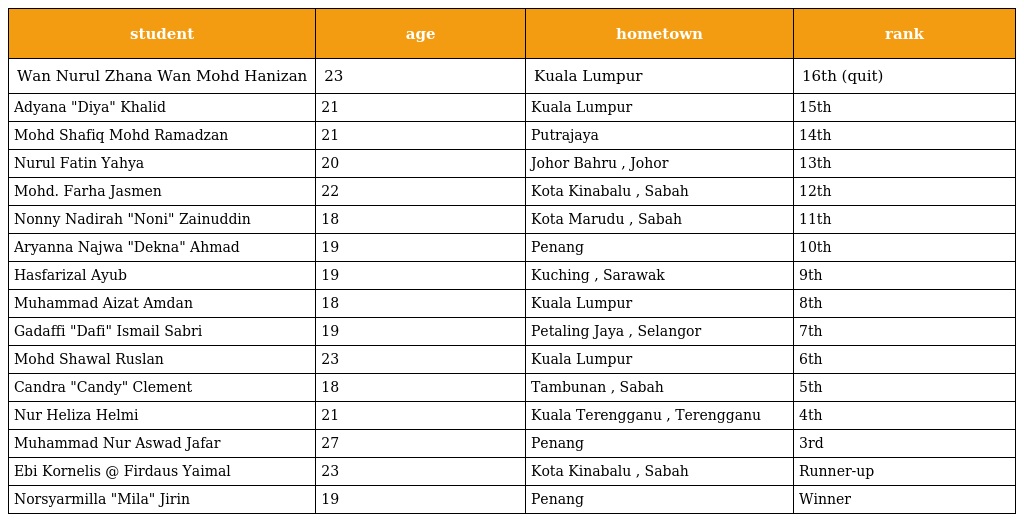
| student | age | hometown | rank |
 | --- | --- | --- | --- |
 | Wan Nurul Zhana Wan Mohd Hanizan | 23 | Kuala Lumpur | 16th (quit) |
 | Adyana "Diya" Khalid | 21 | Kuala Lumpur | 15th |
 | Mohd Shafiq Mohd Ramadzan | 21 | Putrajaya | 14th |
 | Nurul Fatin Yahya | 20 | Johor Bahru , Johor | 13th |
 | Mohd. Farha Jasmen | 22 | Kota Kinabalu , Sabah | 12th |
 | Nonny Nadirah "Noni" Zainuddin | 18 | Kota Marudu , Sabah | 11th |
 | Aryanna Najwa "Dekna" Ahmad | 19 | Penang | 10th |
 | Hasfarizal Ayub | 19 | Kuching , Sarawak | 9th |
 | Muhammad Aizat Amdan | 18 | Kuala Lumpur | 8th |
 | Gadaffi "Dafi" Ismail Sabri | 19 | Petaling Jaya , Selangor | 7th |
 | Mohd Shawal Ruslan | 23 | Kuala Lumpur | 6th |
 | Candra "Candy" Clement | 18 | Tambunan , Sabah | 5th |
 | Nur Heliza Helmi | 21 | Kuala Terengganu , Terengganu | 4th |
 | Muhammad Nur Aswad Jafar | 27 | Penang | 3rd |
 | Ebi Kornelis @ Firdaus Yaimal | 23 | Kota Kinabalu , Sabah | Runner-up |
 | Norsyarmilla "Mila" Jirin | 19 | Penang | Winner |